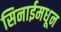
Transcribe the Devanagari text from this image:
सिनाईमधून